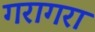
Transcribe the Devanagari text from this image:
गरागरा